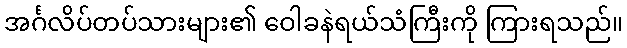
အင်္ဂလိပ်တပ်သားများ၏ ဝေါခနဲရယ်သံကြီးကို ကြားရသည်။